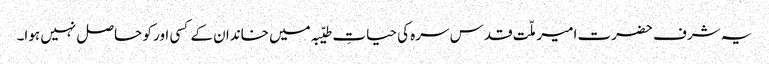
یہ شرف حضرت امیر ملّت قدس سرہ کی حیاتِ طیّبہ میں خاندان کے کسی اور کو حاصل نہیں ہوا۔